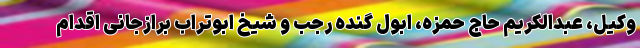
وکیل، عبدالکریم حاج حمزه، ابول گنده رجب و شیخ ابوتراب برازجانی اقدام